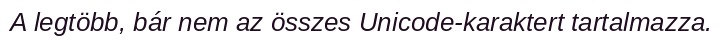
A legtöbb, bár nem az összes Unicode-karaktert tartalmazza.